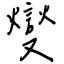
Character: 燮